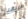
افريقيا